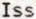
ISS